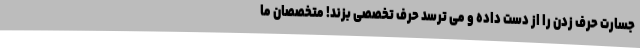
جسارت حرف زدن را از دست داده و می ترسد حرف تخصصی بزند! متخصصان ما